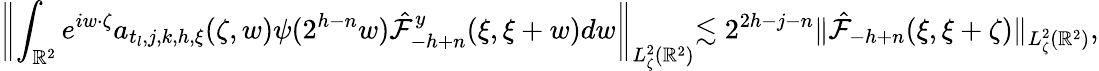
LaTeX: \biggl\| \int_{\mathbb{R}^{2}}e^{iw\cdot\zeta}a_{t_{l},j,k,h,\xi}(\zeta,w)\psi(2^{h-n}w)\hat{\mathcal{F}}_{-h+n}^{y}(\xi,\xi+w)dw\biggl\| _{L_{\zeta}^{2}(\mathbb{R}^{2})}\lesssim 2^{2h-j-n}\| \hat{\mathcal{F}}_{-h+n}(\xi,\xi+\zeta)\| _{L_{\zeta}^{2}(\mathbb{R}^{2})},